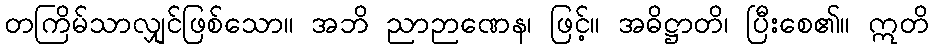
တကြိမ်သာလျှင်ဖြစ်သော။ အဘိ ညာဉာဏေန၊ ဖြင့်။ အဓိဋ္ဌာတိ၊ ပြီးစေ၏။ ဣတိ